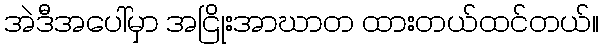
အဲဒီအပေါ်မှာ အငြိုးအာဃာတ ထားတယ်ထင်တယ်။